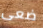
ضعى